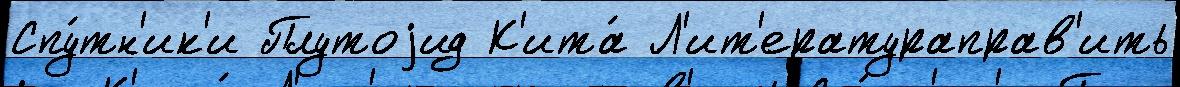
Спу́тн'ик'и Плутоjид К'ита́ Л'ит'ератураправ'ить